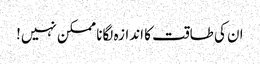
ان کی طاقت کا اندازہ لگانا ممکن نہیں!